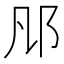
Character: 𨙮